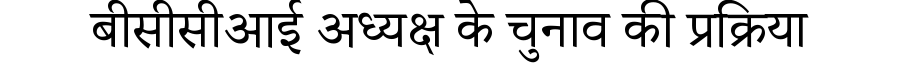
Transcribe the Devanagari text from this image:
बीसीसीआई अध्यक्ष के चुनाव की प्रक्रिया